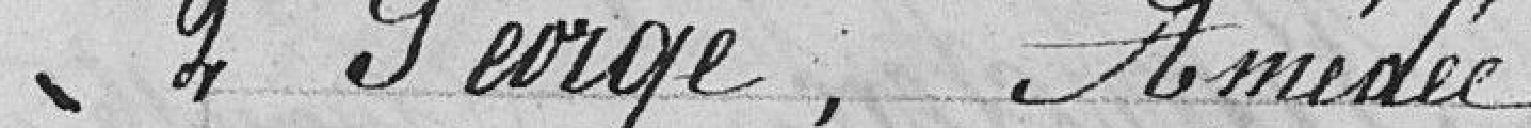
2 George, Amédée